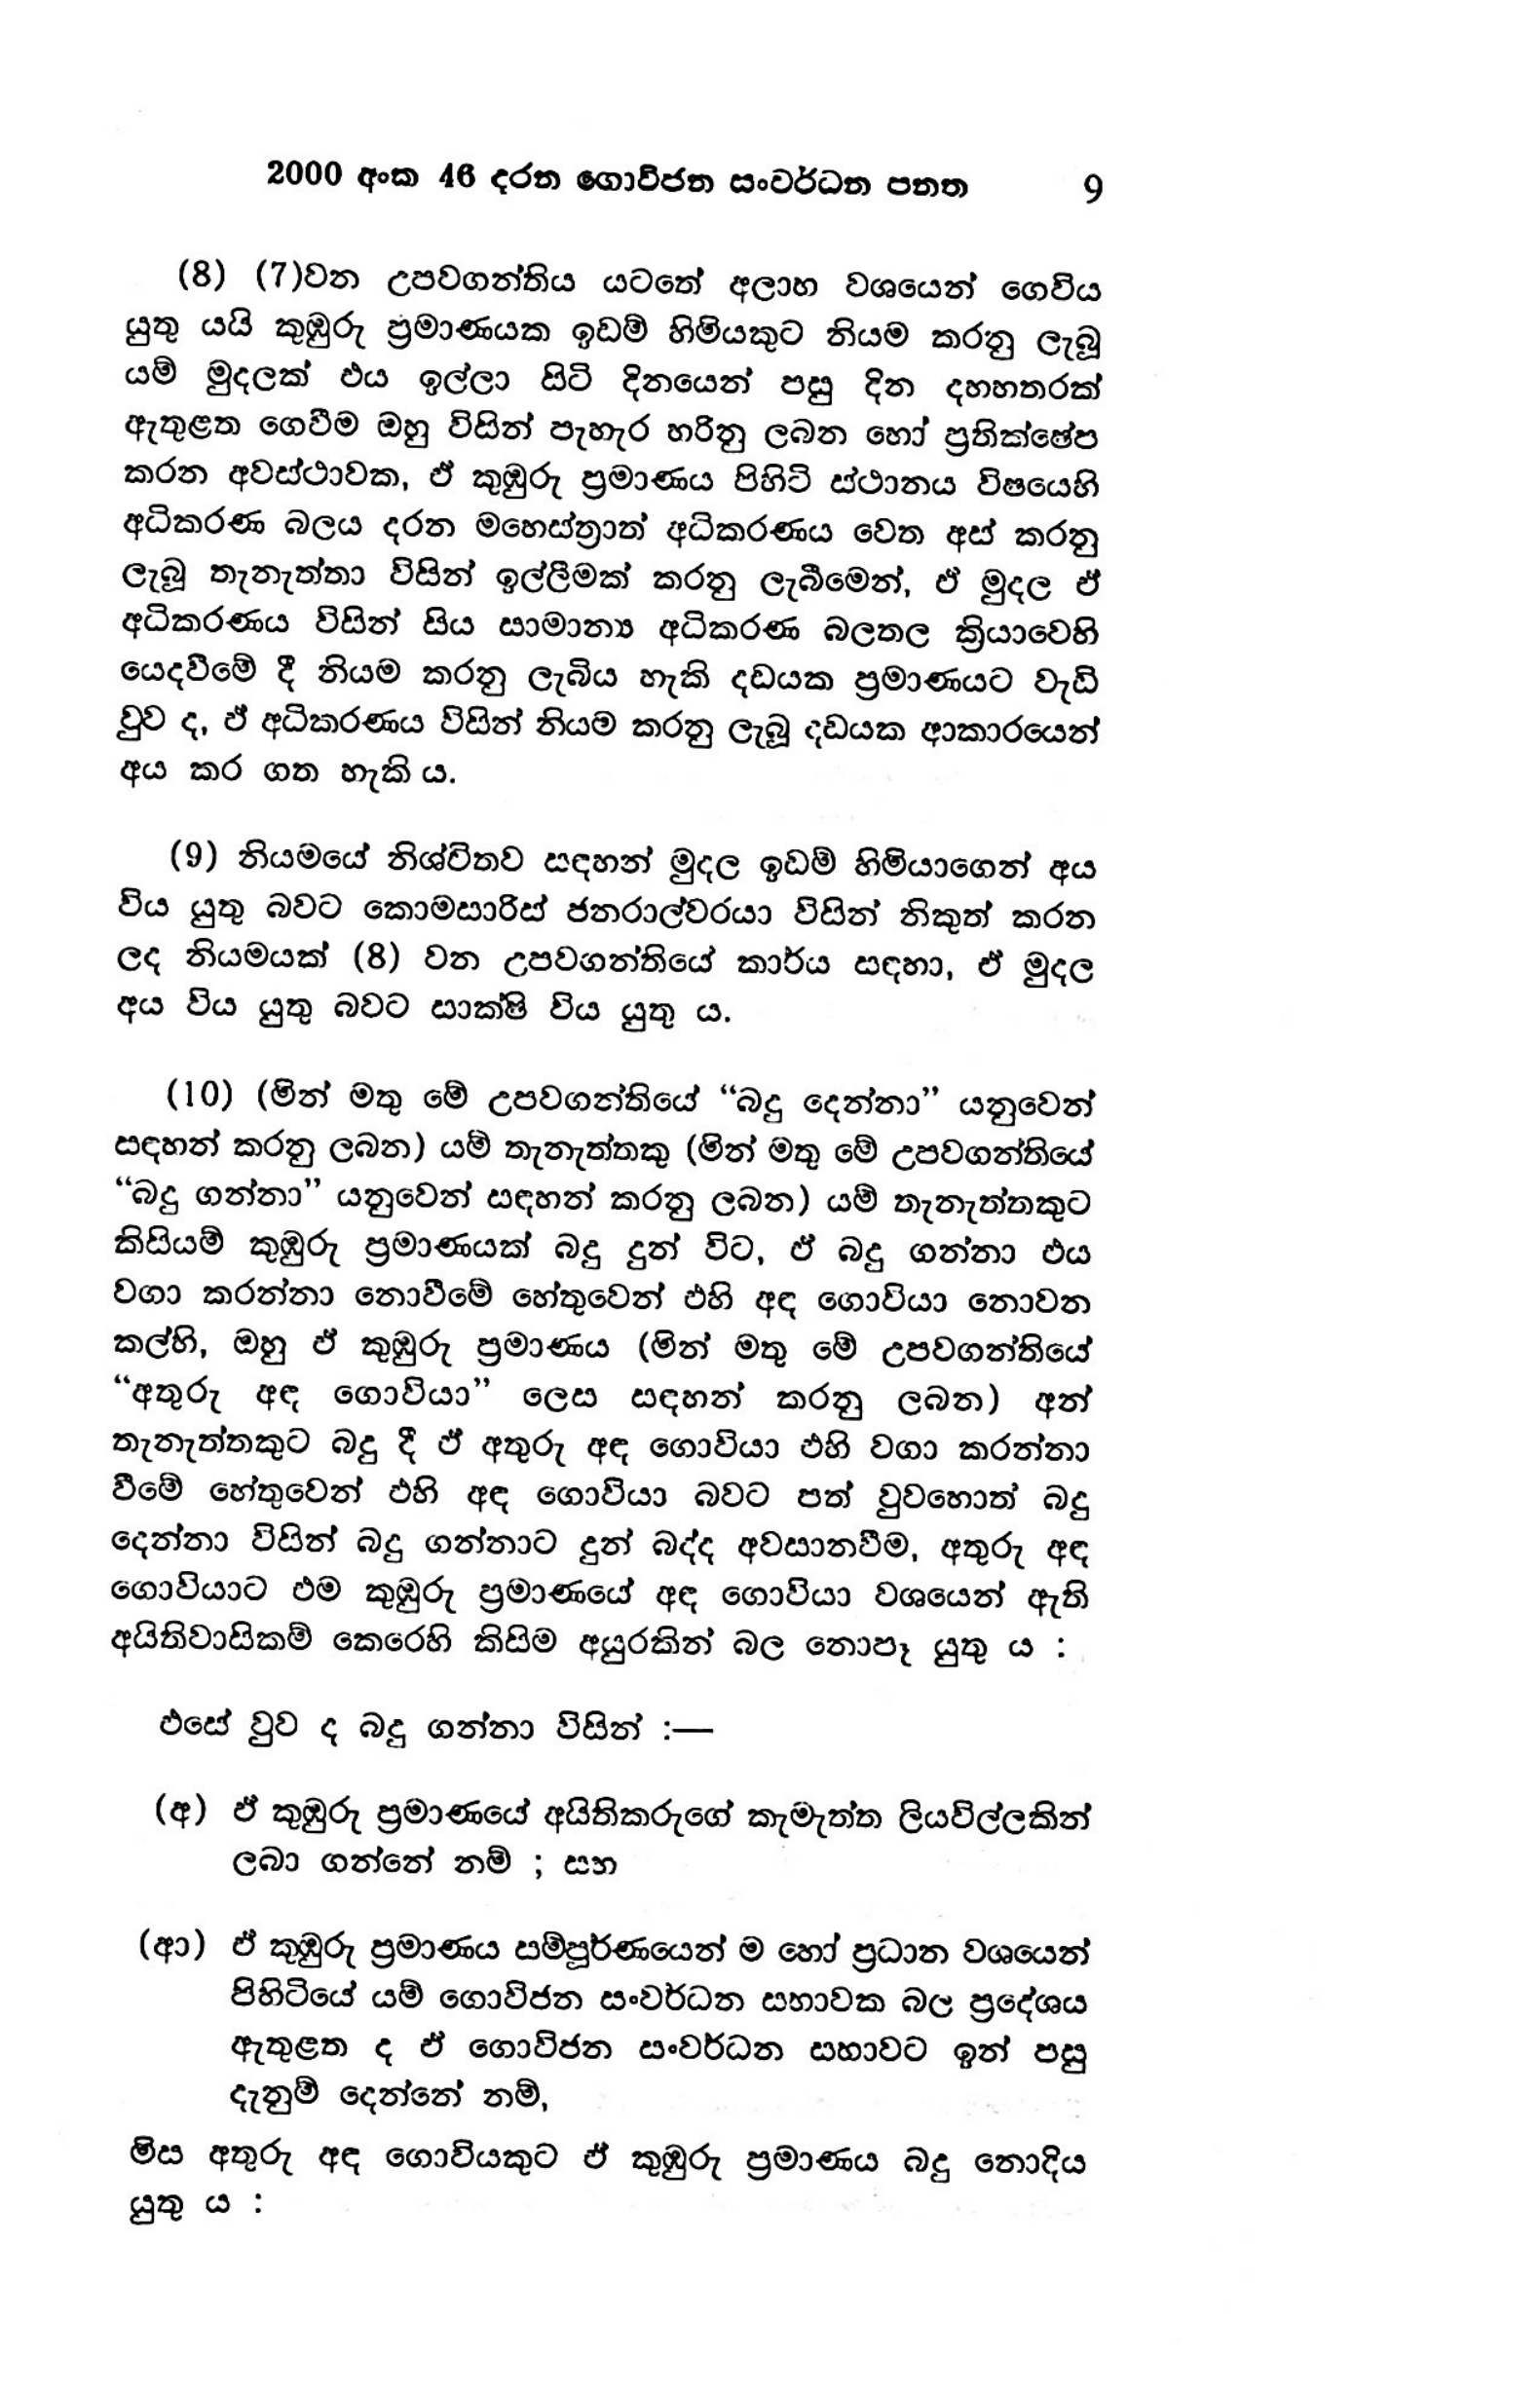
2000 අංක 46 දරන ගොවිජන සංවර්ධන පනත 9

(8) (7)වන උපවගන්තිය යටතේ අලාභ වශයෙන් ගෙවිය
යුතු යයි කුඹුරු ප්‍රමාණයක ඉඩම් හිමියකුට නියම කරනු ලැබූ
යම් මුදලක් ඵය ඉල්ලා සිටි දිනයෙන් පසු දින දහහතරක්
ඇතුළත ගෙවීම ඔහු විසින් පැහැර හරිනු ලබන හෝ ප්‍රතික්ෂේප
කරන අවස්ථාවක, ඒ කුඹුරු ප්‍රමාණය පිහිටි ස්ථානය විෂයෙහි
අධිකරණ බලය දරන මහෙස්ත්‍රාත් අධිකරණය වෙත අස් කරනු
ලැබූ තැනැත්තා විසින් ඉල්ලීමක් කරනු ලැබීමෙන්, ඒ මුදල ඒ
අධිකරණය විසින් සිය සාමාන්‍ය අධිකරණ බලතල ක්‍රියාවෙහි
යෙදවීමේ දී නියම කරනු ලැබිය හැකි දඩයක ප්‍රමාණයට වැඩි
වුව ද, ඵ් අධිකරණය විසින් නියම කරනු ලැබූ දඩයක ආකාරයෙන්
අය කර ගත හැකි ය.

(9) නියමයේ නිශ්චිතව සඳහන් මුදල ඉඩම් හිමියාගෙන් අය
විය යුතු බවට කොමසාරිස් ජනරාල්වරයා විසින් නිකුත් කරන
ලද නියමයක් (8) වන උපවගන්තියේ කාර්ය සඳහා, ඒ මුදල
අය විය. යුතු බවට සාක්ෂි විය යුතු ය.

(10) (මින් මතු මේ උපවගන්තියේ “බදු දෙන්නා” යනුවෙන්
සඳහන් කරනු ලබන) යම් තැනැත්තකු (මින් මතු මේ උපවගන්තියේ
“බදු ගන්නා” යනුවෙන් සඳහන් කරනු ලබන) යම් තැනැත්තකුට
කිසියම් කුඹුරු ප්‍රමාණයක් බදු දුන් විට, ඒ බදු ගන්නා එය
වගා කරන්නා නොවීමේ හේතුවෙන් එහි අඳ ගොවියා නොවන
කල්හි, ඔහු ඵ් කුඹුරු ප්‍රමාණය (මින් මතු මේ උපවගන්තියේ
“අතුරු අඳ ගොවියා" ලෙස සඳහන් කරනු ලබන) අන්
තැනැත්තකුට බදු දී ඵ් අතුරු අඳ ගොවියා ඵහි වගා කරන්නා
වීමේ හේතුවෙන් ඵහි අඳ ගොවියා බවට පත් වුවහොත් බදු
දෙන්නා විසින් බදු ගන්නාට දුන් බද්ද අවසානවීම, අතුරු අඳ
ගොවියාට එම කුඹුරු ප්‍රමාණයේ අඳ ගොවියා වශයෙන් ඇති
අයිතිවාසිකම් කෙරෙහි කිසිම අයුරකින් බල නොපෑ යුතු ය :

එසේ වුව ද බදු ගන්නා විසින් :-

(අ) ඒ කුඹුරු ප්‍රමාණයේ අයිතිකරුගේ කැමැත්ත ලියවිල්ලකින්
ලබා ගන්නේ නම් ; සහ

(ආ) ඒ කුඹුරු ප්‍රමාණය සම්පූර්ණයෙන් ම හෝ ප්‍රධාන වශයෙන්
පිහිටියේ යම් ගොවිජන සංවර්ධන සභාවක බල ප්‍රදේශය
ඇතුළත ද ඒ ගොවිජන සංවර්ධන සභාවට ඉන් පසු
දැනුම් දෙන්නේ නම්,

මිස අතුරු අඳ ගොවියකුට ඒ කුඹුරු ප්‍රමාණය බදු නොදිය
යුතු ය :